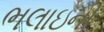
ભલાઇની